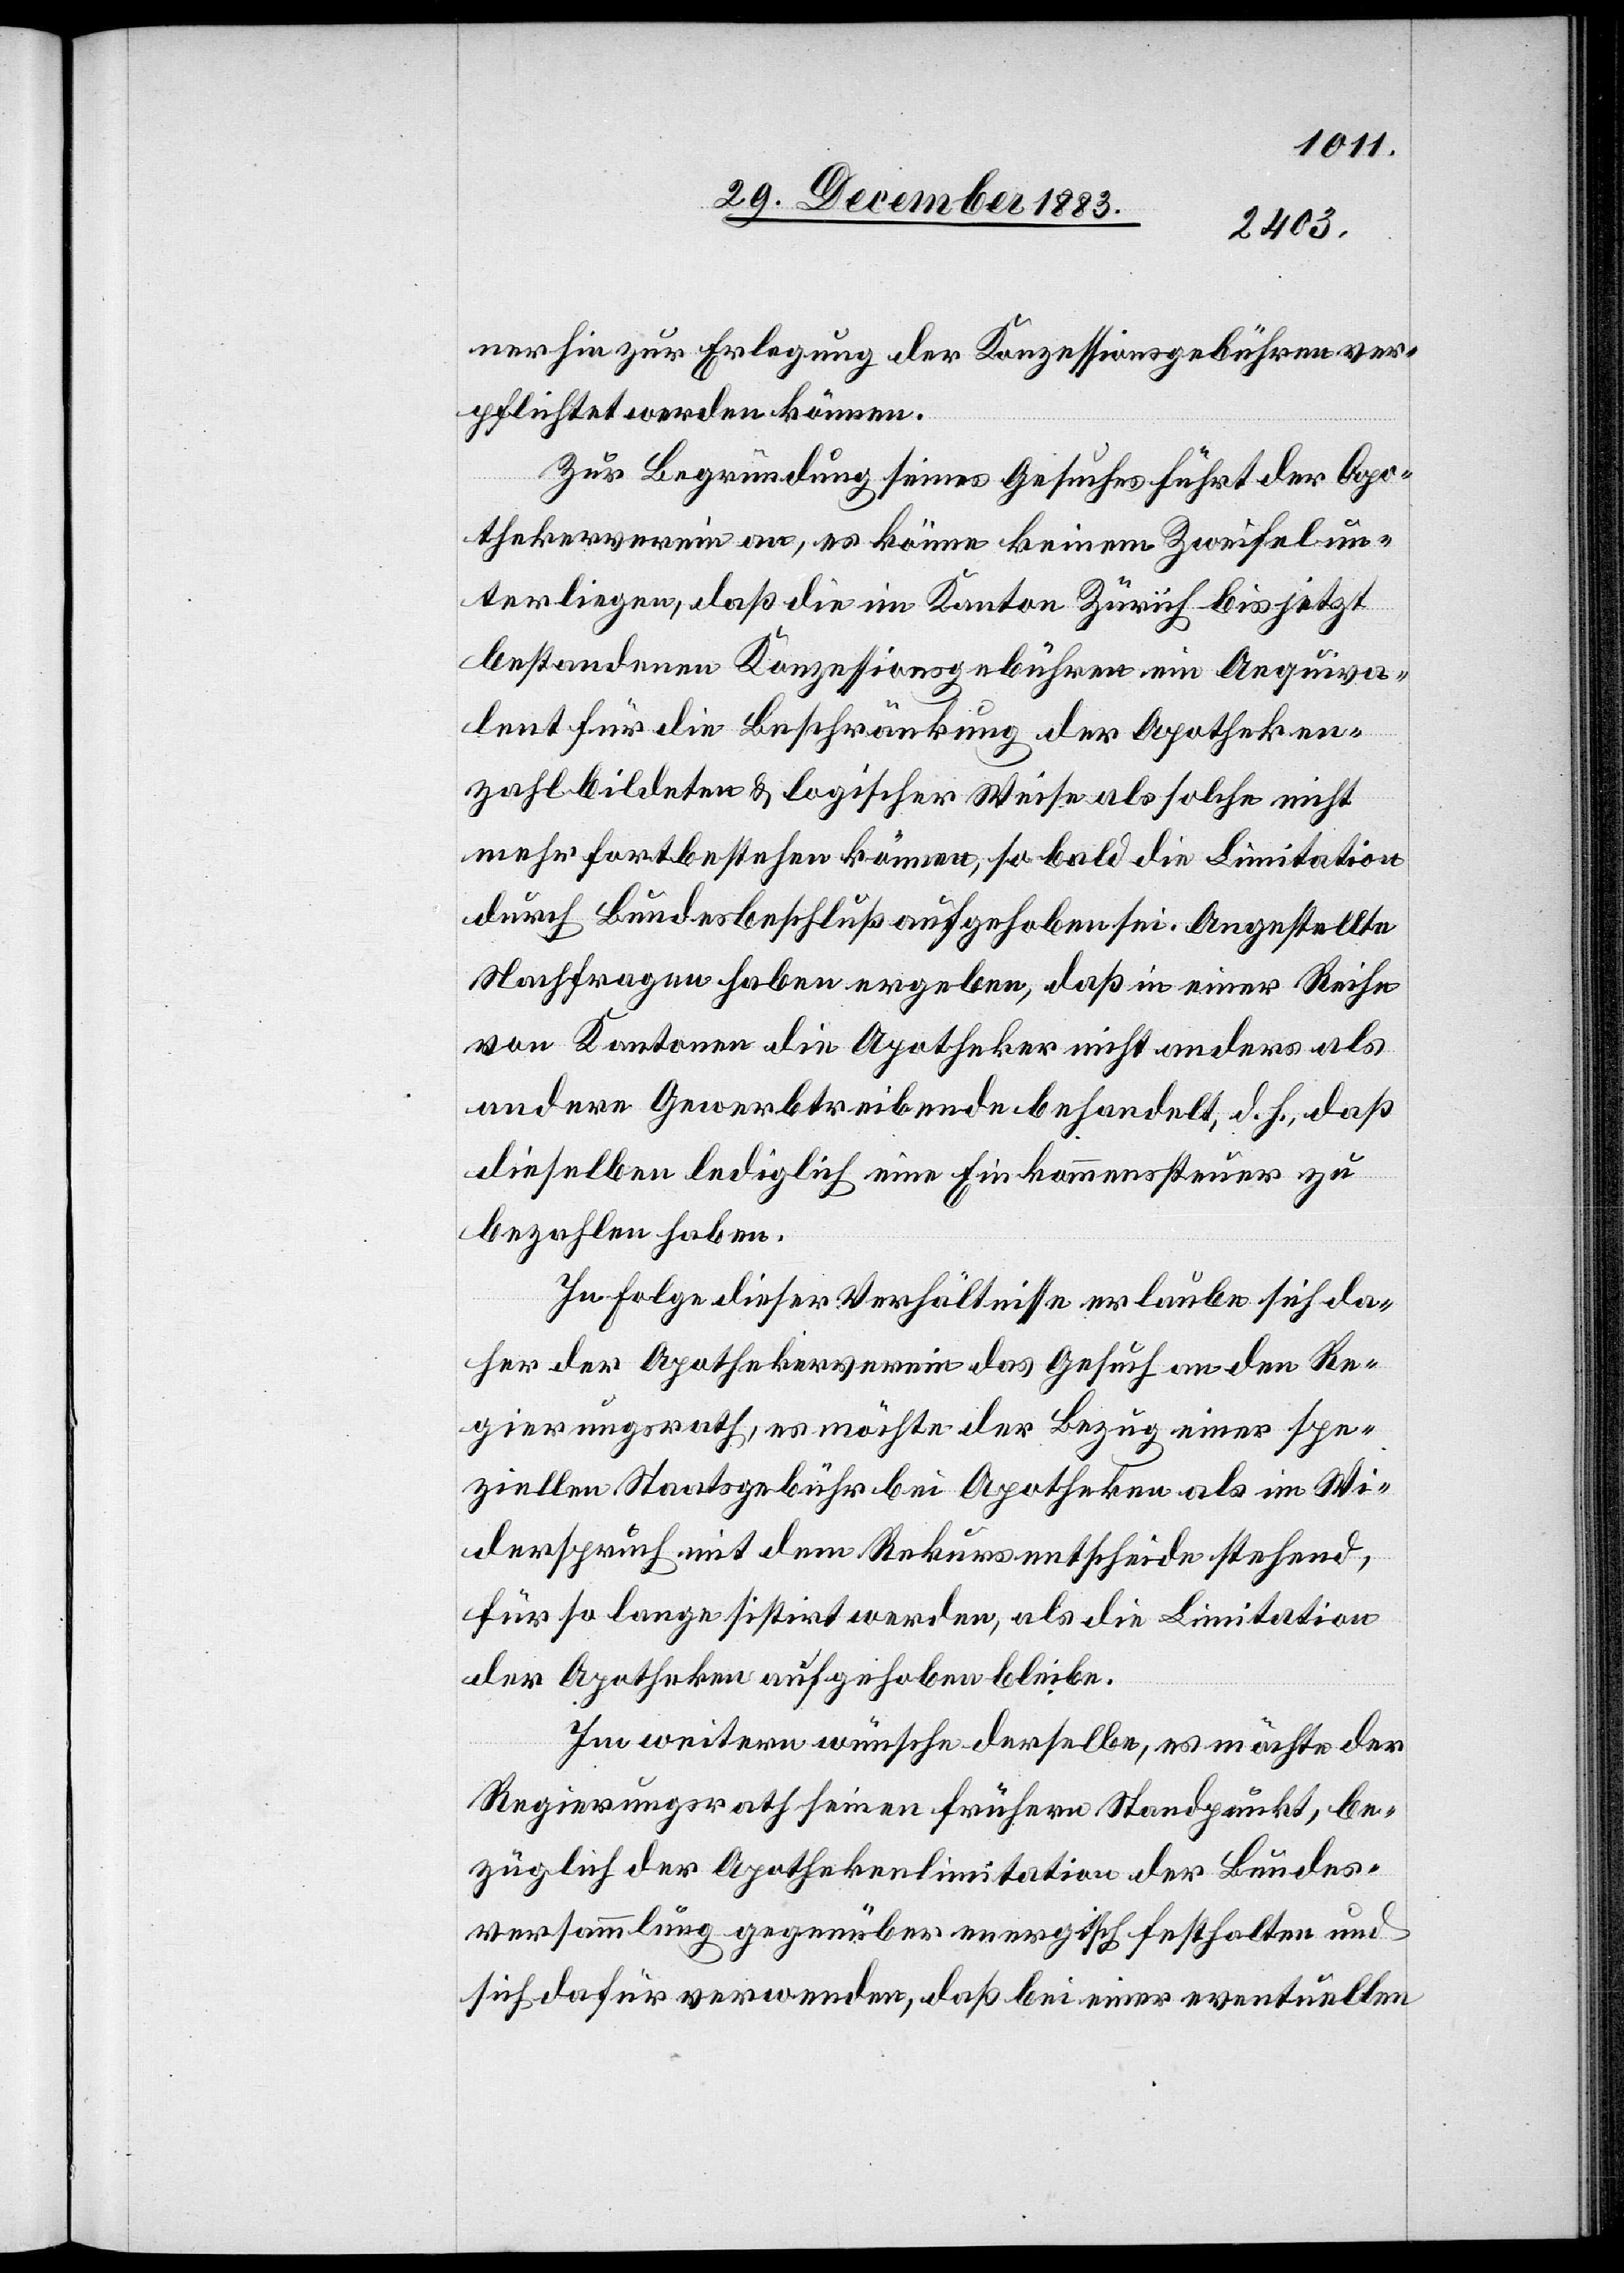
nerhin zur Erlegung der Konzessionsgebühren ver¬
pflichtet werden können.
Zur Begründung seines Gesuches führt der Apo¬
thekerverein an, es könne keinem Zweifel un¬
terliegen, daß die im Kanton Zürich bis jetzt
bestandenen Konzessionsgebühren ein Aequiva¬
lent für die Beschränkung der Apotheken¬
zahl bildeten & logischer Weise als solche nicht
mehr fortbestehen können, so bald die Limitation
durch Bundesbeschluß aufgehoben sei. Angestellte
Nachfragen haben ergeben, daß in einer Reihe
von Kantonen die Apotheker nicht anders als
andere Gewerbetreibende behandelt, d. h., daß
dieselben lediglich eine Einkommenssteuer zu
bezahlen haben.
In Folge dieser Verhältnisse erlaube sich da¬
her der Apothekerverein das Gesuch an den Re¬
gierungsrath, es möchte der Bezug einer spe¬
ziellen Staatsgebühr bei Apotheken als im Wi¬
derspruch mit dem Rekursentscheide stehend,
für so lange sistirt werden, als die Limitation
der Apotheken aufgehoben bleibe.
Im weitern wünsche derselbe, es möchte der
Regierungsrath seinen frühern Standpunkt, be¬
züglich der Apothekerlimitation der Bundes¬
versammlung gegenüber energisch festhalten und
sich dafür verwenden, daß bei einer eventuellen